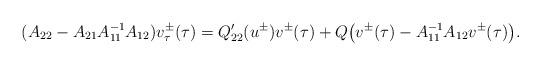
LaTeX: \begin{align*}(A_{22}-A_{21}A_{11}^{-1}A_{12})v^\pm_\tau(\tau)=Q'_{22}(u^\pm)v^\pm(\tau)+Q\big(v^\pm(\tau)-A_{11}^{-1}A_{12}v^\pm(\tau)\big).\end{align*}